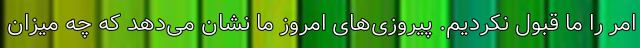
امر را ما قبول نکردیم. پیروزی‌های امروز ما نشان می‌دهد که چه میزان